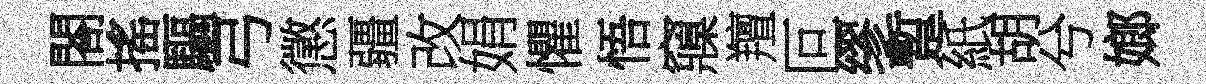
閤搖驅弓懲疆改娟懼悟䆿羶叵缪蹔紙胡兮嫏